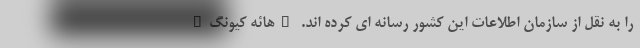
را به نقل از سازمان اطلاعات این کشور رسانه ای کرده اند. "هائه کیونگ"